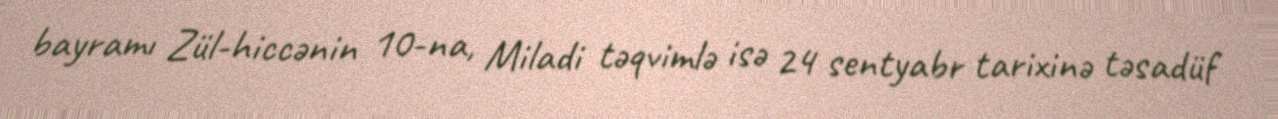
bаyrаmı Zül-hiccənin 10-na, Miladi təqvimlə isə 24 sentyabr tarixinə təsadüf